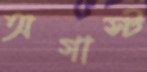
অগাস্ট